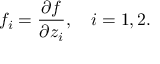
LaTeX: f _ { i } = { \frac { \partial f } { \partial z _ { i } } } , \quad i = 1 , 2 .